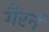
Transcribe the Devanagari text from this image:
गैरर्न